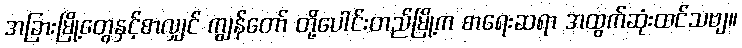
အခြားမြို့တွေနှင့်စာလျှင် ကျွန်တော် တို့ပေါင်းတည်မြို့က စာရေးဆရာ အထွက်ဆုံးထင်သဗျ။